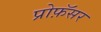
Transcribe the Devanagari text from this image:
प्रोफ़ॅसर